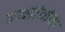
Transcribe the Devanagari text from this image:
एब्डोमेन